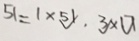
5 1 = 1 \times 5 1 \cdot 3 \times 1 7